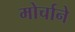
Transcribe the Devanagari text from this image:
मोर्चाने